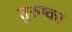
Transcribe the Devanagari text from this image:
तुरुष्कां